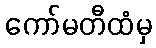
ကော်မတီထံမှ